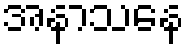
အနာသနေ